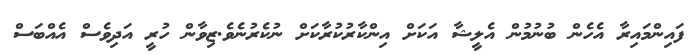
ފައިންމައިރާ އެހެން ބުނުމުން އެލީޝާ އަކަށް އިންކާރުކުރާކަށް ނުކެރުނެވެ.ޒިވާން ހުރީ އަދިވެސް އެއްބަސް